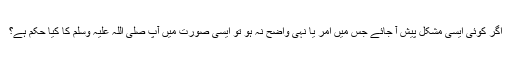
اگر کوئی ایسی مشکل پیش آ جائے جس میں امر یا نہی واضح نہ ہو تو ایسی صورت میں آپ صلی اللہ علیہ وسلم کا کیا حکم ہے؟